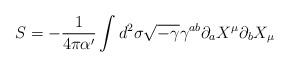
LaTeX: \begin{align*}S = -\frac{1}{4 \pi \alpha'} \int d^2 \sigma \sqrt{-\gamma}\gamma^{ab} \partial_a X^\mu \partial_b X_\mu\end{align*}